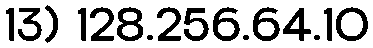
13) 128.256.64.10